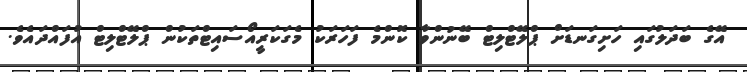
އޭގެ ބަދަލުގައި ހަށިގަނޑަށް ޕްލޭޓްލިޓް ބޭނުންވާ ކޮންމެ ފަހަރަކު މެގަކަރީއޯސައިޓްތަކުން ޕްލޭޓްލިޓް އުފައްދައެވެ.